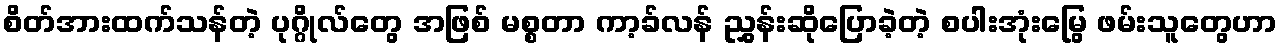
စိတ်အားထက်သန်တဲ့ ပုဂ္ဂိုလ်တွေ အဖြစ် မစ္စတာ ကာ့ခ်လန် ညွှန်းဆိုပြောခဲ့တဲ့ စပါးအုံးမြွေ ဖမ်းသူတွေဟာ